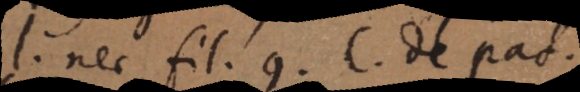
l. nec filium 9. C. de patria